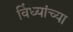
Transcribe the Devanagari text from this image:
विंध्यांच्या